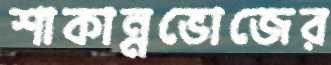
শাকান্নভোজের